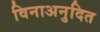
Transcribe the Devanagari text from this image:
विनाअनुदित